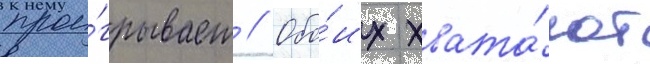
прои́грывает // Обо́их хвата́ют